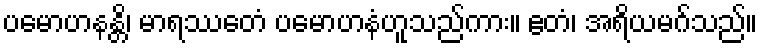
ပမောဟနန္တိ၊ မာရဿေတံ ပမောဟနံဟူသည်ကား။ ဧတံ၊ အရိယမဂ်သည်။